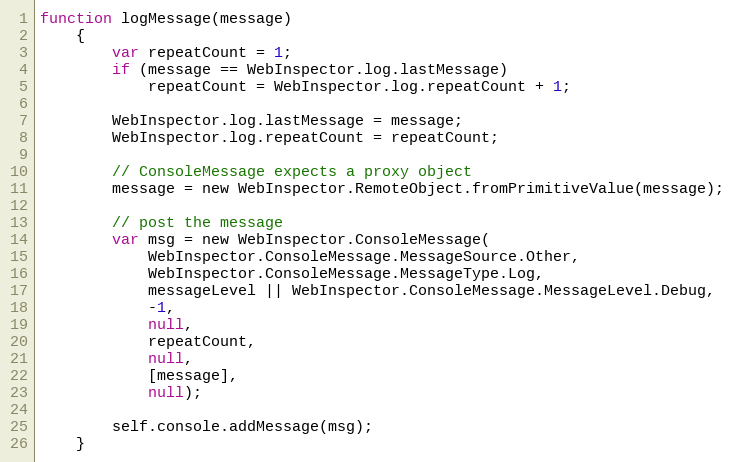
Language: JavaScript
function logMessage(message)
    {
        var repeatCount = 1;
        if (message == WebInspector.log.lastMessage)
            repeatCount = WebInspector.log.repeatCount + 1;

        WebInspector.log.lastMessage = message;
        WebInspector.log.repeatCount = repeatCount;

        // ConsoleMessage expects a proxy object
        message = new WebInspector.RemoteObject.fromPrimitiveValue(message);

        // post the message
        var msg = new WebInspector.ConsoleMessage(
            WebInspector.ConsoleMessage.MessageSource.Other,
            WebInspector.ConsoleMessage.MessageType.Log,
            messageLevel || WebInspector.ConsoleMessage.MessageLevel.Debug,
            -1,
            null,
            repeatCount,
            null,
            [message],
            null);

        self.console.addMessage(msg);
    }